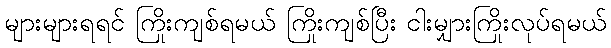
များများရရင် ကြိုးကျစ်ရမယ် ကြိုးကျစ်ပြီး ငါးမျှားကြိုးလုပ်ရမယ်